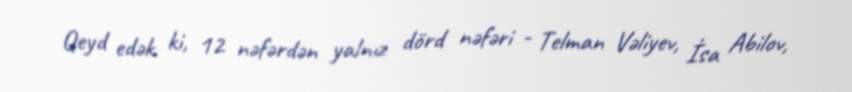
Qeyd edək ki, 12 nəfərdən yalnız dörd nəfəri - Telman Vəliyev, İsa Abilov,